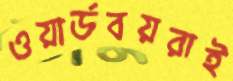
ওয়ার্ডবয়রাই